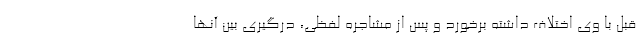
قبل با وی اختلاف داشته برخورد و پس از مشاجره لفظی، درگیری بین آنها